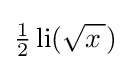
{\tfrac {1}{2}}\operatorname {li} ({\sqrt {x\,}})